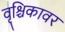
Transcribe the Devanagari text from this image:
वृश्चिकावर